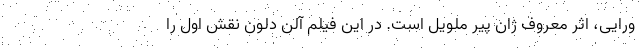
ورایی، اثر معروف ژان پیر ملویل است. در این فیلم آلن دلون نقش اول را